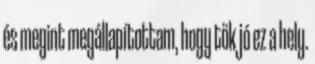
és megint megállapítottam, hogy tök jó ez a hely.